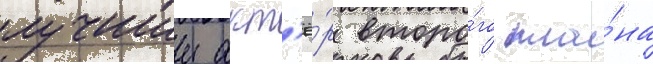
лучшии акт'ё́р второ́го пла́на